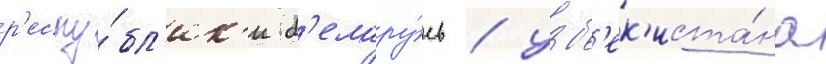
р'еспу́бл'ик'и б'елару́сь / узб'ек'иста́на